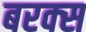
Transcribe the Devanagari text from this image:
बरक्‍स